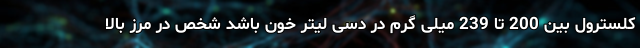
کلسترول بین 200 تا 239 میلی گرم در دسی لیتر خون باشد شخص در مرز بالا